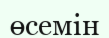
өсемін